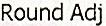
ROUND ADJ